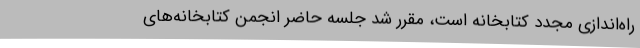
راه‌اندازی مجدد کتابخانه است، مقرر شد جلسه حاضر انجمن کتابخانه‌های